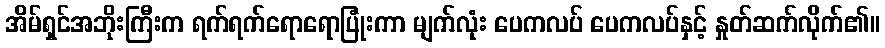
အိမ်ရှင်အဘိုးကြီးက ရက်ရက်ရောရောပြုံးကာ မျက်လုံး ပေကလပ် ပေကလပ်နှင့် နှုတ်ဆက်လိုက်၏။